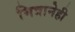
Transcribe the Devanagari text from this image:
मित्रानेही